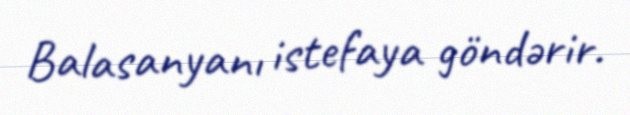
Balasanyanı istefaya göndərir.